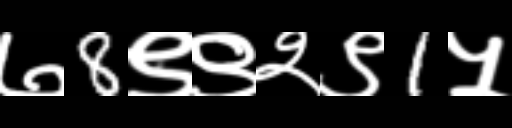
Text: ७8९९२९1५